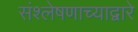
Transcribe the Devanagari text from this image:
संश्लेषणाच्याद्वारे